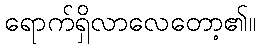
ရောက်ရှိလာလေတော့၏။